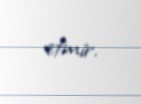
etmir.